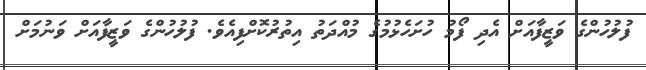
ފުލުހުންގެ ވަޒީފާއަށް އެދި ފޯމު ހުށަހެޅުމުގެ މުއްދަތު އިތުރުކޮށްފިއެވެ. ފުލުހުންގެ ވަޒީފާއަށް ވަނުމަށް